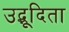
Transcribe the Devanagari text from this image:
उद्भूदिता